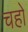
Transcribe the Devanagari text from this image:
चहों